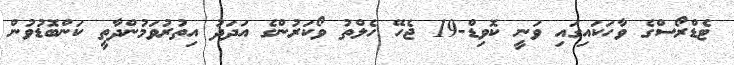
ޓެޑްރޯސްގެ ވާހަކައިގައި ވަނީ ކޮވިޑް-19 ޖެހޭ ހެލްތު ވޯކަރުންގެ އަދަދު އިތުރުވަމުންދާތީ ކަންބޮޑުވުން